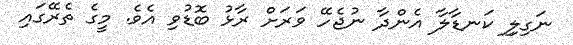
ނަގިލިި ކަނޑާލާ އެންދާ ނުޖެހޭ ވަރަށް ރާޅު ބޮޑުވި އެވެ. މީގެ ތެރޭގައި